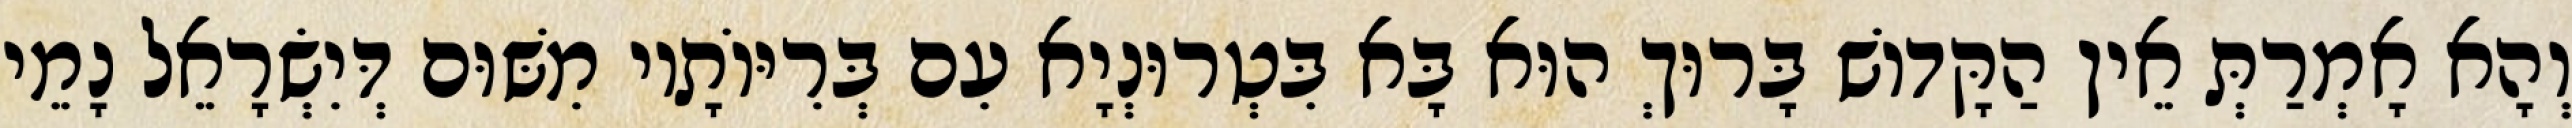
וְהָא אָמְרַתְּ אֵין הַקָּדוֹשׁ בָּרוּךְ הוּא בָּא בִּטְרוּנְיָא עִם בְּרִיּוֹתָיו מִשּׁוּם דְּיִשְׂרָאֵל נָמֵי